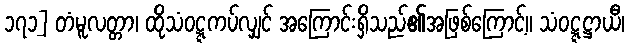
၁၇၁] တံမူလတ္တာ၊ ထိုသံဝဋ္ဋကပ်လျှင် အကြောင်းရှိသည်၏အဖြစ်ကြောင့်။ သံဝဋ္ဋဋ္ဌာယီ၊